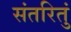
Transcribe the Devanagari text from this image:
संतरितुं